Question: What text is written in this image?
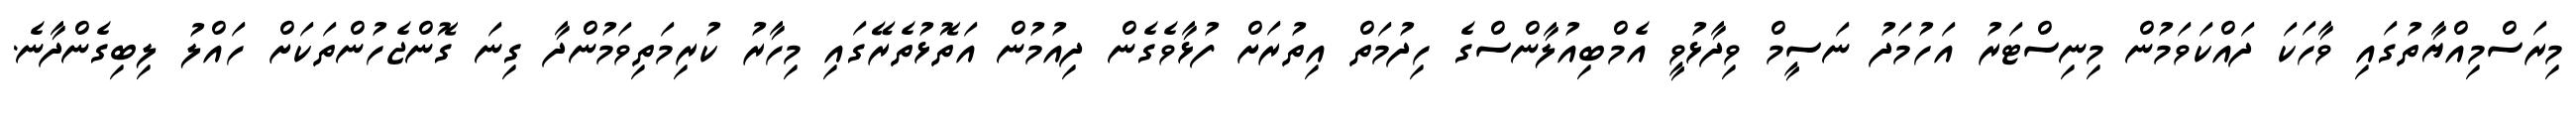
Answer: މިރަސްމިއްޔާތުގައި ވާހަކަ ދައްކަވަމުން މިނިސްޓަރު އަހުމަދު ނަސީމް ވިދާޅުވީ އެމްބިއުލާންސްގެ ހިދުމަތް އިތުރަށް ފުޅާވެގެން ދިއުމުން އަތޮޅުތެރޭގައި މިހާރު ކުރިމަތިވަމުންދާ ގިނަ ގޮންޖެހުންތަކަށް ހައްލު ލިބިގެންދާނެ.